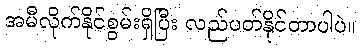
အမီလိုက်နိုင်စွမ်းရှိပြီး လည်ပတ်နိုင်တာပါပဲ။